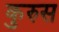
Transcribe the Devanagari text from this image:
कुरुस